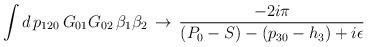
LaTeX: \begin{align*}\int d\,p_{120}\,G_{01}G_{02}\,\beta_1\beta_2\,\to\,{-2i\pi\over(P_0-S)-(p_{30}-h_3)+i\epsilon}\end{align*}